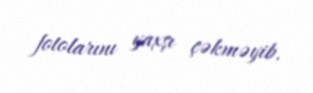
fotolarını yaxşı çəkməyib.